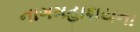
નાગમહાશયના